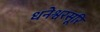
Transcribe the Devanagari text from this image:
धनेश्वरसूरि